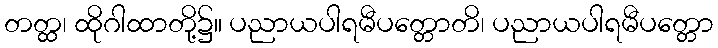
တတ္ထ၊ ထိုဂါထာတို့၌။ ပညာယပါရမီပတ္တောတိ၊ ပညာယပါရမီပတ္တော